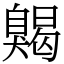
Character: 𦤦